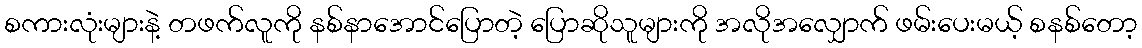
စကားလုံးများနဲ့ တဖက်လူကို နစ်နာအောင်ပြောတဲ့ ပြောဆိုသူများကို အလိုအလျှောက် ဖမ်းပေးမယ့် စနစ်တော့